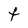
Character: t